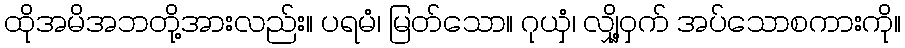
ထိုအမိအဘတို့အားလည်း။ ပရမံ၊ မြတ်သော။ ဂုယှံ၊ လျှို့ဝှက် အပ်သောစကားကို။